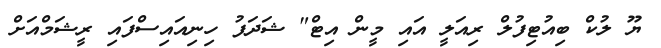
ޔޫ ލުކް ބިއުޓިފުލް ރިއަލީ އައި މީން އިޓް" ޝަދަފު ހިނިއައިސްފައި ރީޝަމްއަށް